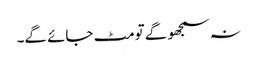
نہ سمجھو گے تو مٹ جائے گے۔